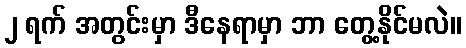
၂ ရက် အတွင်းမှာ ဒီနေရာမှာ ဘာ တွေ့နိုင်မလဲ။